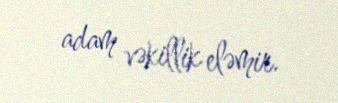
adam vəkillik eləmir.